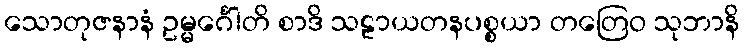
သောတုဇနာနံ ဥမ္မင်္ဂေါတိ စာဒိ သဠာယတနပစ္စယာ တတြေဝ သုဘာနိ